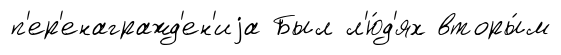
п'ер'енагражд'ен'иjа Был л'ю́д'ях вторы́м